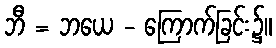
ဘီ = ဘယေ - ကြောက်ခြင်း၌။